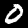
Label: 0